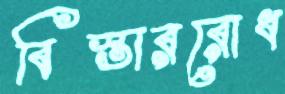
বিস্তাররোধ